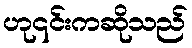
ဟု၎င်းကဆိုသည်